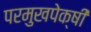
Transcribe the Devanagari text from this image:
परमुखपेक्षी